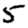
Digit: 5